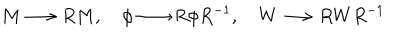
M \longrightarrow R M , ~ \phi \longrightarrow R \phi R ^ { - 1 } , ~ W \longrightarrow R W R ^ { - 1 }